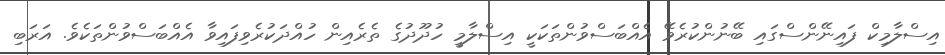
އިސްލާމިކް ފައިނޭންސްގައި ބޭނުންކުރެވޭ އެއްބަސްވުންތަކަކީ އިސްލާމީ ހުދޫދުގެ ތެރެއިން ހުއްދަކުރެވިފައިވާ އެއްބަސްވުންތަކެވެ. އަރަބި